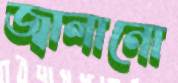
জ্বালানো